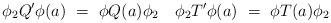
LaTeX: \begin{align*} \phi_2 Q'\phi(a)\ =\ \phi Q(a)\phi_2\quad\phi_2 T'\phi(a)\ =\ \phi T(a)\phi_2\end{align*}